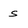
Character: s